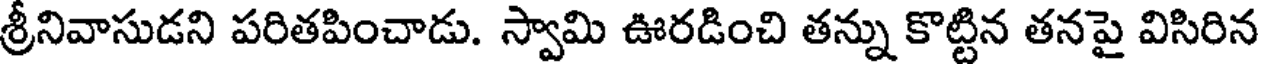
శ్రీనివాసుడని పరితపించాడు. స్వామి ఊరడించి తన్ను కొట్టిన తనపై విసిరిన